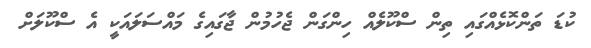
ކުޑަ ތަންކޮޅެއްގައި ތިން ސްކޫލެއް ހިންގަން ޖެހުމުން ޖާގައިގެ މައްސަލައަކީ އެ ސްކޫލަށް